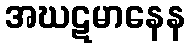
အဃဋမာနေန